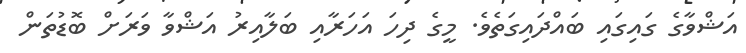
އަޝްވާގެ ގައިގައި ބައްދައިގަތެވެ. މީގެ ދިހަ އަހަރާއި ބަލާއިރު އަޝްވާ ވަރަށް ބޮޑުތަން